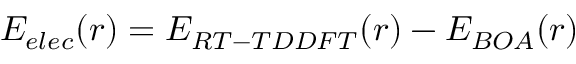
E _ { e l e c } ( r ) = E _ { R T - T D D F T } ( r ) - E _ { B O A } ( r )